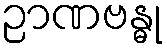
ဉာဏဗန္ဓု